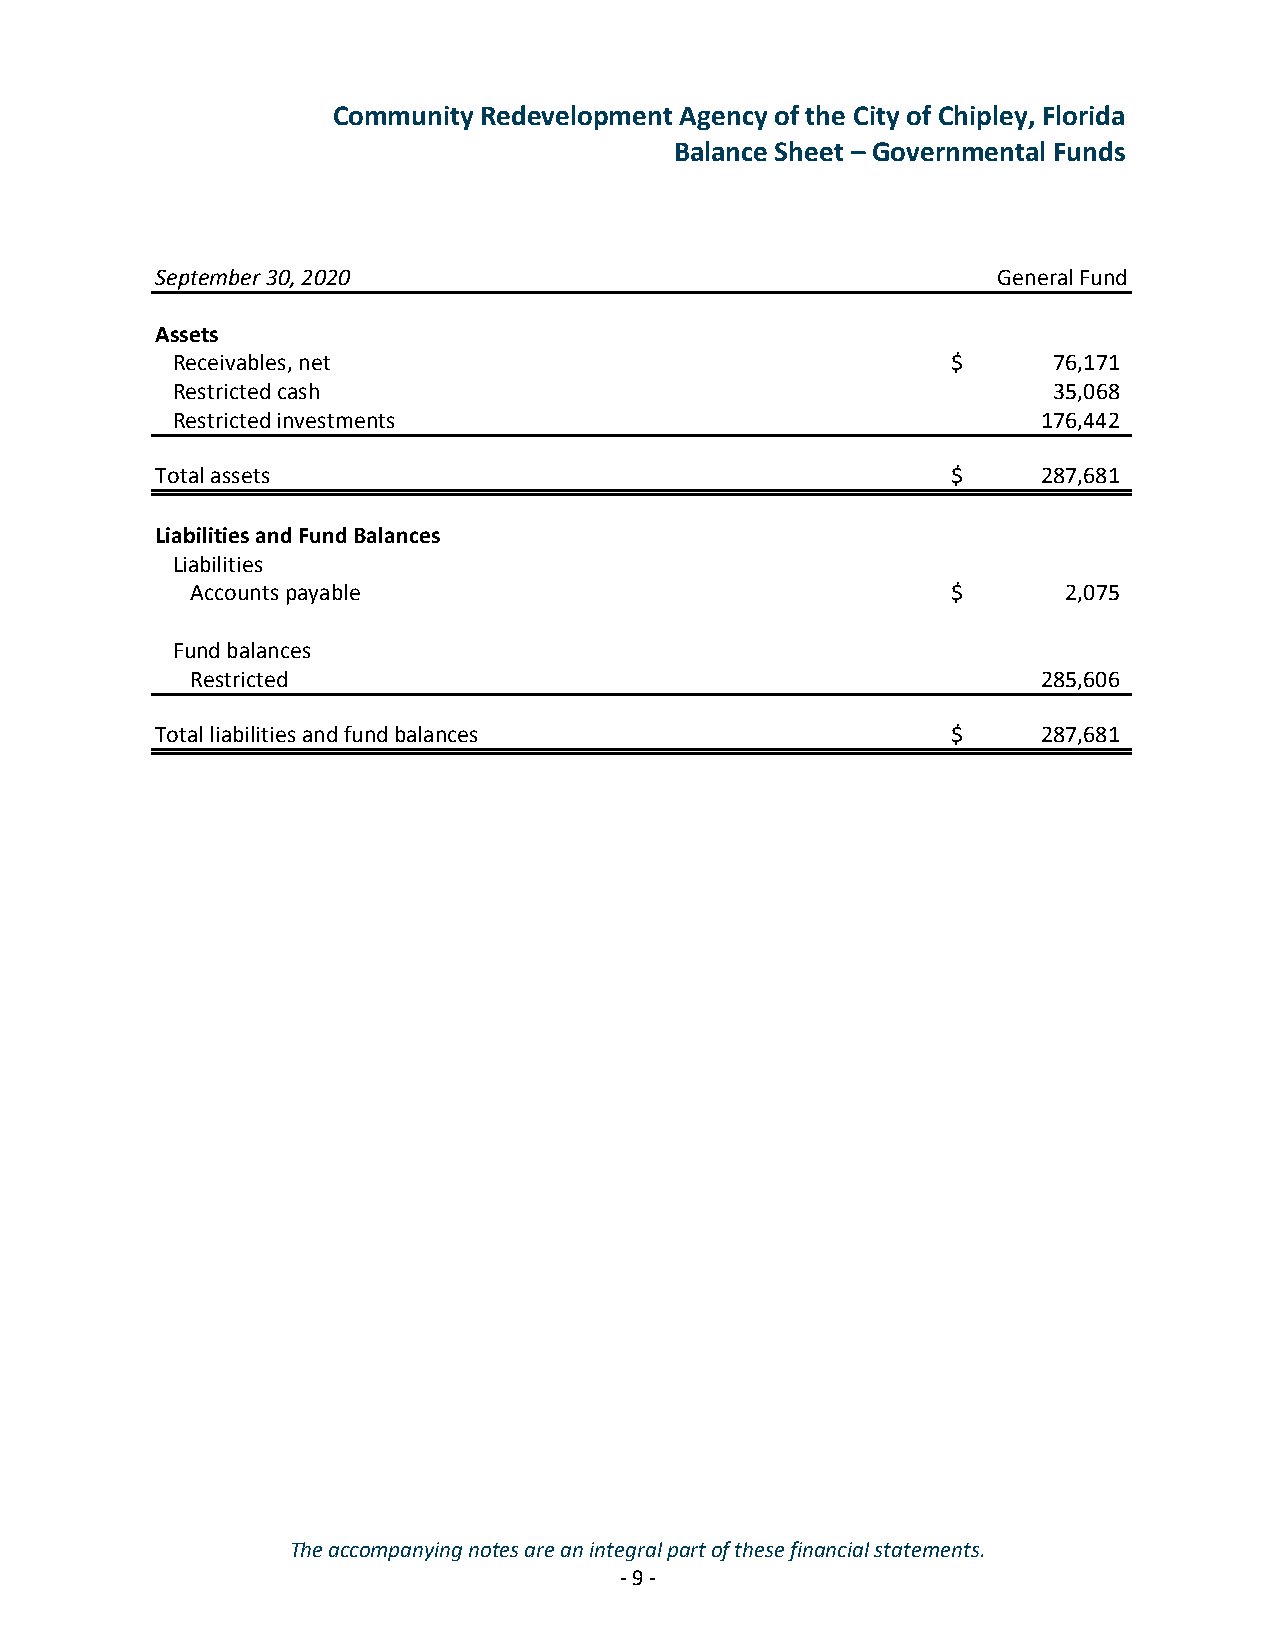
Community Redevelopment Agency of the City of Chipley, Florida
 Balance Sheet – Governmental Funds
 September 30, 2020                                      General Fund
 Assets
 Receivables, net                                    $      76,171
 Restricted cash                                            35,068
 Restricted investments                                    176,442
 Total assets                                         $     287,681
 Liabilities and Fund Balances
 Liabilities
 Accounts payable                                  $       2,075
 Fund balances
 Restricted                                              285,606
 Total liabilities and fund balances                  $     287,681
 The accompanying notes are an integral part of these financial statements.
 -9 -